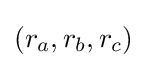
(r_{a},r_{b},r_{c})